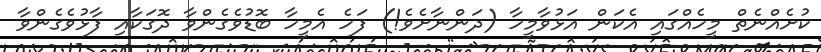
ކުށެއްނެތް މީހެއްގައި އެކަން އަޅުވާމީހާ (ދަންނާށެވެ!) ފަހެ އެމީހާ ބޮޑުވެގެންވާ ދޮގަކާއި ފާޅުވެގެންވާ